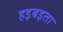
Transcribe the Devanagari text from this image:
हड़बड़ता